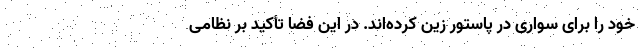
خود را برای سواری در پاستور زین کرده‌اند. در این فضا تأکید بر نظامی